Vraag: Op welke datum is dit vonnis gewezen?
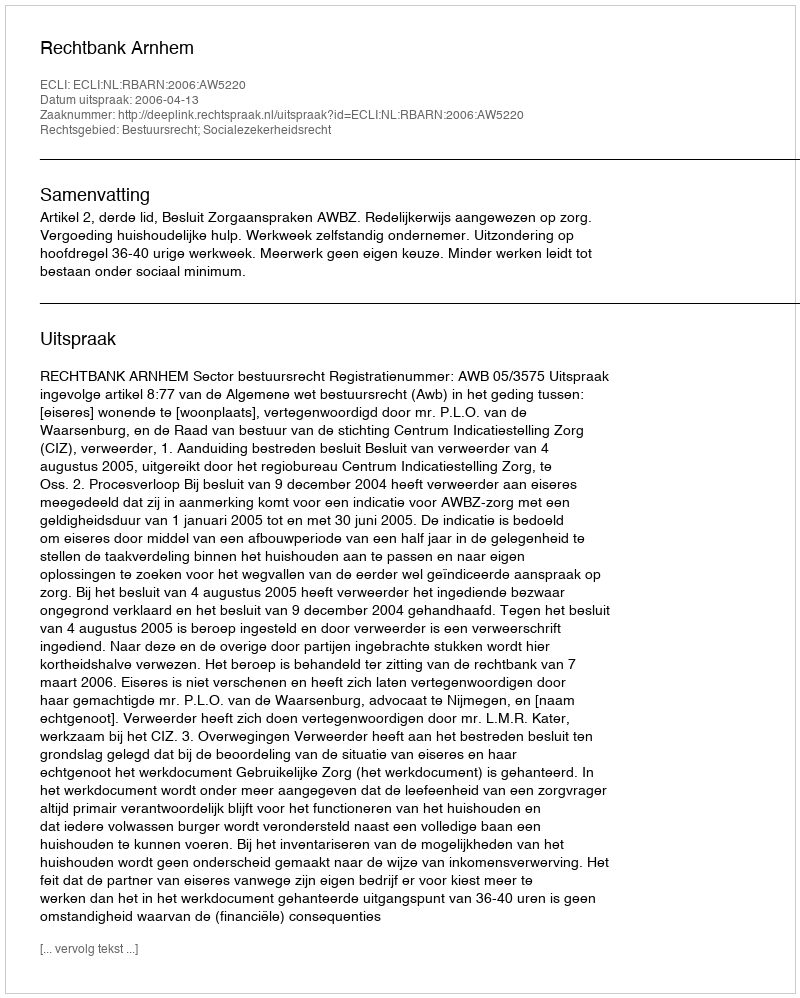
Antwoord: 2006-04-13